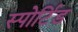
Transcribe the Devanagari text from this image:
स्पोर्टिड